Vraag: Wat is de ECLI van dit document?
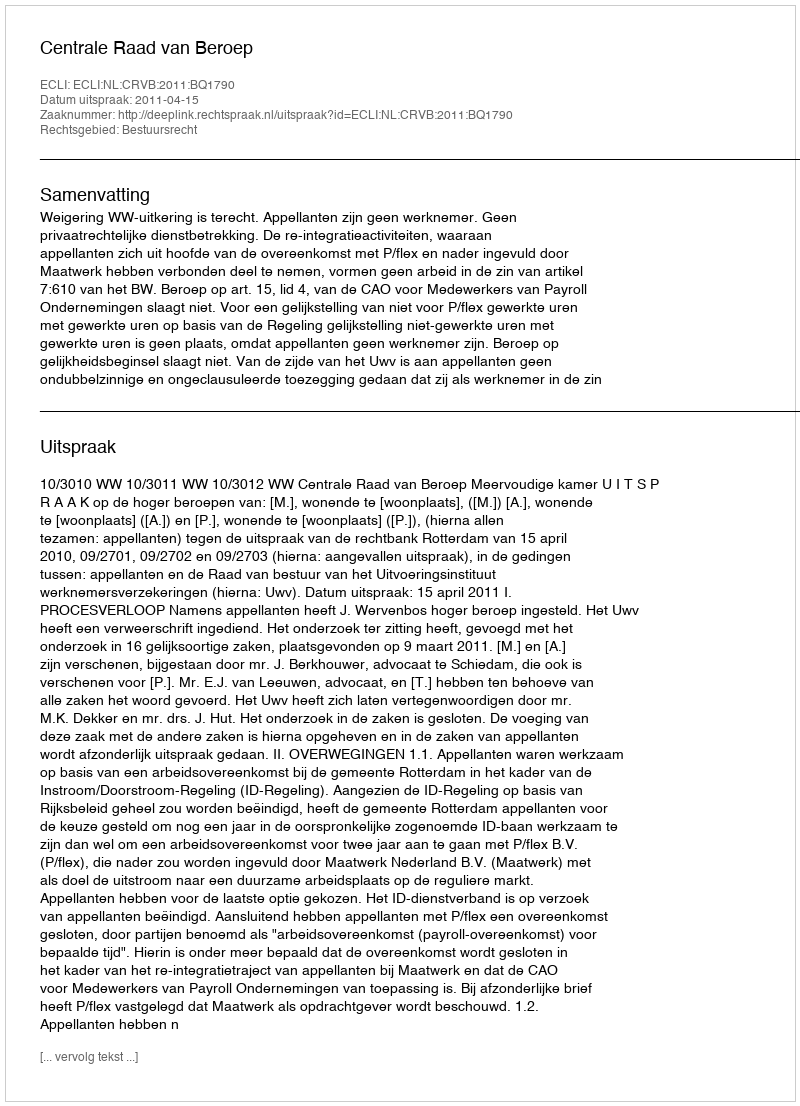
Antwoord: ECLI:NL:CRVB:2011:BQ1790